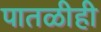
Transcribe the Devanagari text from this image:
पातळीही